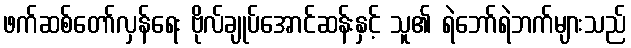
ဖက်ဆစ်တော်လှန်ရေး ဗိုလ်ချုပ်အောင်ဆန်းနှင့် သူ၏ ရဲဘော်ရဲဘက်များသည်